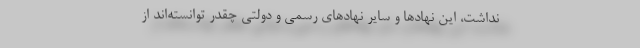
نداشت، این نهادها و سایر نهادهای رسمی و دولتی چقدر توانسته‌اند از